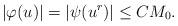
LaTeX: \begin{align*}\left|\varphi(u)\right|=|\psi(u^{r})|\le CM_{0}.\end{align*}